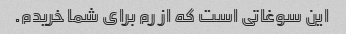
این سوغاتی است که از رم برای شما خریدم.